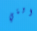
التي